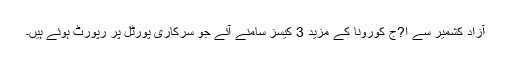
آزاد کشمیر سے ا?ج کورونا کے مزید 3 کیسز سامنے آئے جو سرکاری پورٹل پر رپورٹ ہوئے ہیں۔